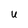
Character: U